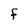
Character: F